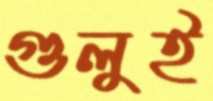
গুলুই